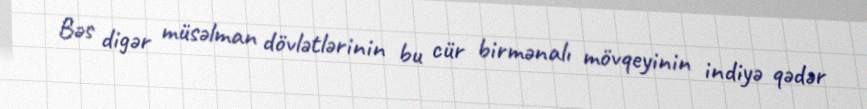
Bəs digər müsəlman dövlətlərinin bu cür birmənalı mövqeyinin indiyə qədər